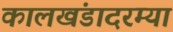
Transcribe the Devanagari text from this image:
कालखंडादरम्या